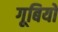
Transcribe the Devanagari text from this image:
गूबियो